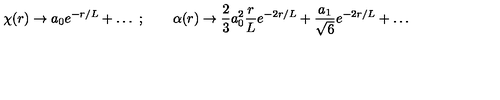
\chi ( r ) \to a _ { 0 } e ^ { - r / L } + \ldots \ ; \qquad \alpha ( r ) \to { \frac { 2 } { 3 } } a _ { 0 } ^ { 2 } { \frac { r } { L } } e ^ { - 2 r / L } + { \frac { a _ { 1 } } { \sqrt { 6 } } } e ^ { - 2 r / L } + \ldots